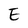
Character: E